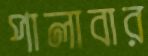
পালাবার